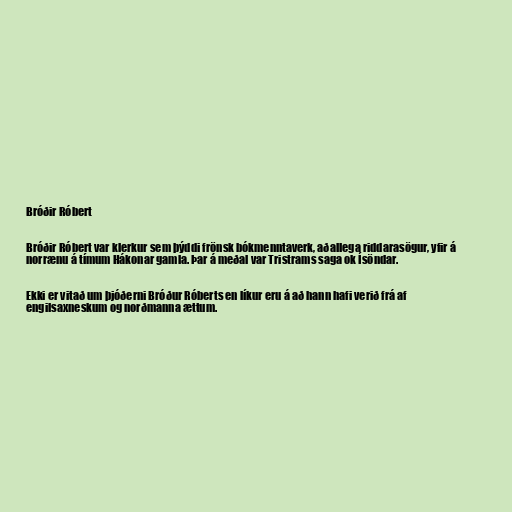
Bróðir Róbert

Bróðir Róbert var klerkur sem þýddi frönsk bókmenntaverk, aðallega riddarasögur, yfir á
norrænu á tímum Hákonar gamla. Þar á meðal var Tristrams saga ok Ísöndar.

Ekki er vitað um þjóðerni Bróður Róberts en líkur eru á að hann hafi verið frá af
engilsaxneskum og norðmanna ættum.